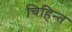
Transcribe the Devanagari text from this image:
चिहिन्त